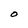
Character: O